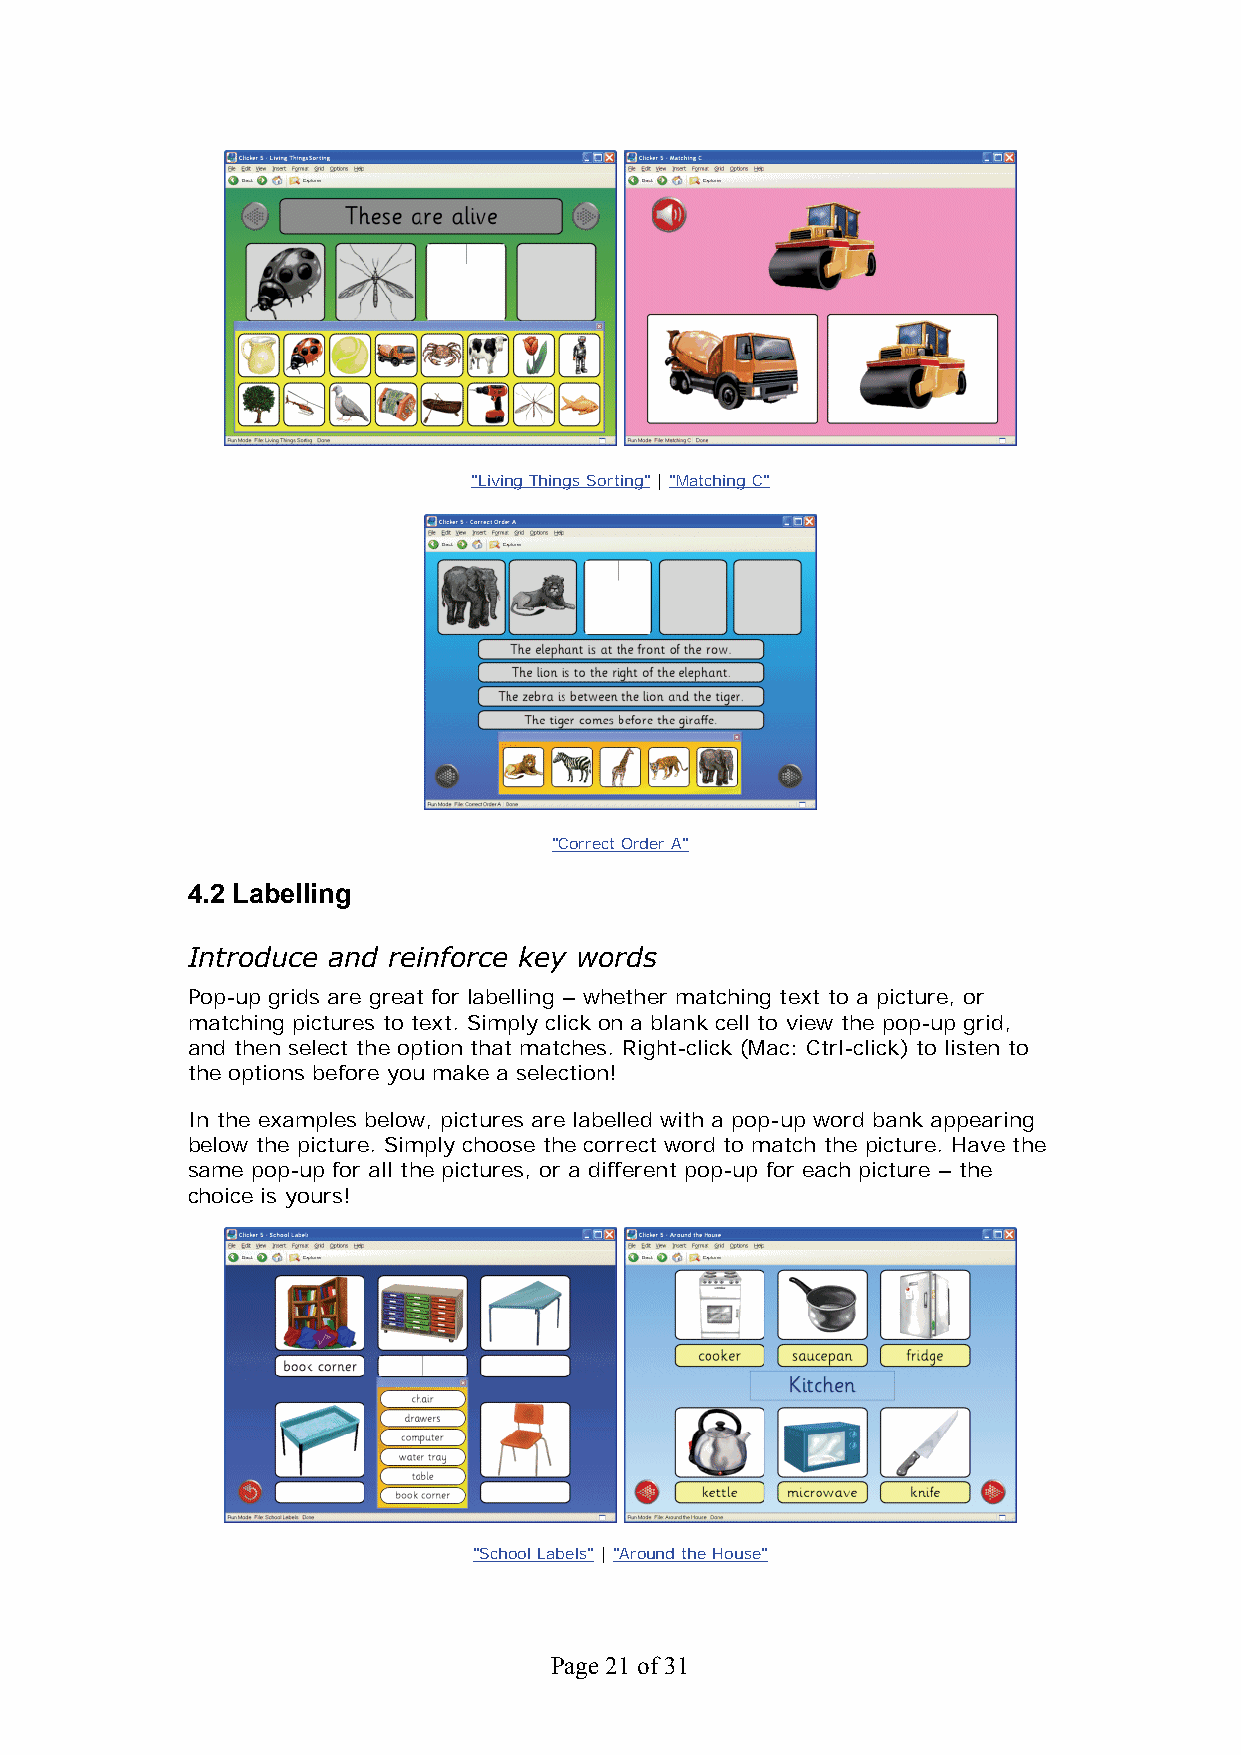
"Living Things Sorting" | "Matching C"
 "Correct Order A"
 4.2 Labelling
 Introduce and reinforce key words
 Pop-up grids are great for labelling – whether matching text to a picture, or
 matching pictures to text. Simply click on a blank cell to view the pop-up grid,
 and then select the option that matches. Right-click (Mac: Ctrl-click) to listen to
 the options before you make a selection!
 In the examples below, pictures are labelled with a pop-up word bank appearing
 below the picture. Simply choose the correct word to match the picture. Have the
 same pop-up for all the pictures, or a different pop-up for each picture – the
 choice is yours!
 "School Labels" | "Around the House"
 Page 21 of 31